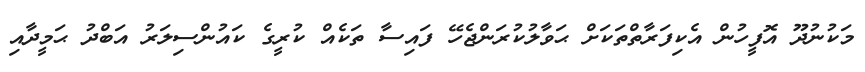
މަކުނުދޫ އޮފީހުން އެކިފަރާތްތަކަށް ޙަވާލުކުރަންޖެހޭ ފައިސާ ތަކެއް ކުރީގެ ކައުންސިލަރު އަބްދު ޙަމީދާއި